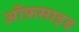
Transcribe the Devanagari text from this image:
ऑफ़साइड